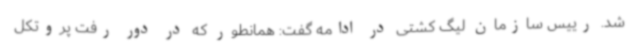
شد. رییس سازمان لیگ کشتی در ادامه گفت: همانطور که در دور رفت پروتکل